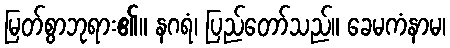
မြတ်စွာဘုရား၏။ နဂရံ၊ ပြည်တော်သည်။ ခေမကံနာမ၊